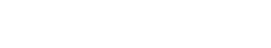
အတူတူကြီးလာတဲ့ငယ်ပေါင်း။